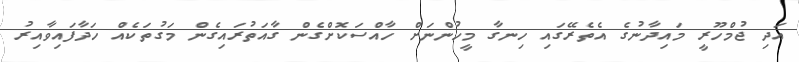
އަދި ޖުމްހޫރީ މައިދާނުގެ އެތެރޭގައި ހިނގާ މީހުންނަށް ހާއްސަކޮށްގެން ގާއަތުރައިގެން މަގުތަކެއް ހަދާފައިވާއިރު